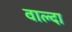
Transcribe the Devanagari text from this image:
वाल्दा